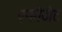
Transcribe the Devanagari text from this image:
एनगैजेट